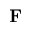
\mathbf { F }